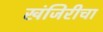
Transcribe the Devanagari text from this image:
खंजिरीचा